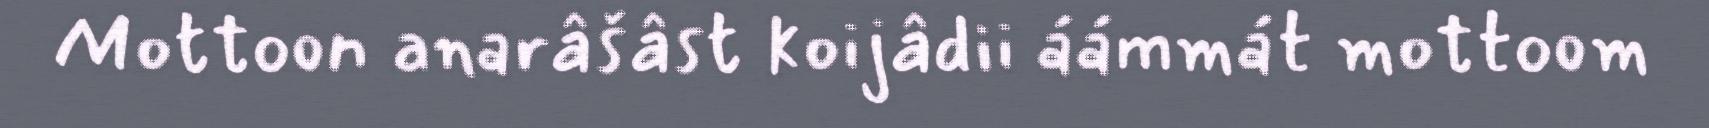
Mottoon anarâšâst koijâdii áámmát mottoom